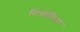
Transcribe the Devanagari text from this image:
सिसीलिआ